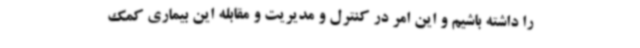
را داشته باشیم و این امر در کنترل و مدیریت و مقابله این بیماری کمک